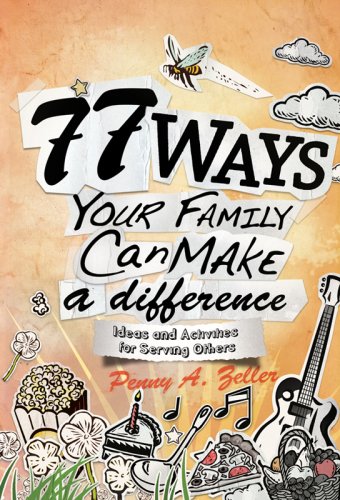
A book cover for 77 Ways Your Family Can Make a Difference: Ideas and Activities for Serving Others; Penny A. Zeller; Christian Books & Bibles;